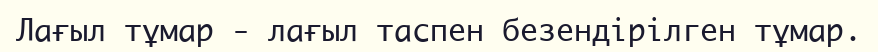
Лағыл тұмар - лағыл таспен безендірілген тұмар.